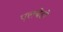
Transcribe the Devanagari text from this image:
एलबेडो